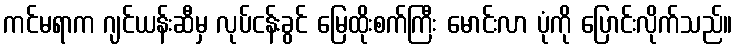
ကင်မရာက ဂျင်ယန်းဆီမှ လုပ်ငန်းခွင် မြေထိုးစက်ကြီး မောင်းလာ ပုံကို ပြောင်းလိုက်သည်။